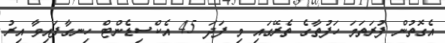
އެގޮތުން ފުރަތަމަ ހަފުތާގެ ތެރޭގައި މި ފަދަ 45 އެކްސިޑެންޓް ހިނގާފައިވާ އިރު